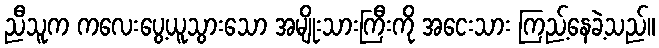
ညီသူက ကလေးပွေ့ယူသွားသော အမျိုးသားကြီးကို အငေးသား ကြည့်နေခဲ့သည်။